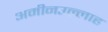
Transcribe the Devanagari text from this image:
अमीनउल्लाह